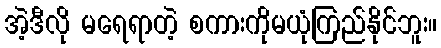
အဲ့ဒီလို မရေရာတဲ့ စကားကိုမယုံကြည်နိုင်ဘူး။